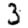
Digit: 3